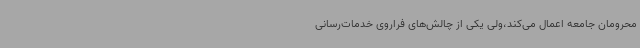
محرومان جامعه اعمال می‌کند،ولی یکی از چالش‌های فراروی خدمات‌رسانی